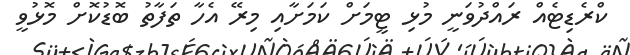
ކްރެޑިޓެއް ރައްދުވަނީ މުޅި ޓީމަށް ކަމަށާއި މިރޭ އެހާ ތަފާތު ބޮޑުކޮށް މޮޅުވީ